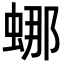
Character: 𬠌